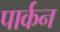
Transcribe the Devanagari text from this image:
पार्कन